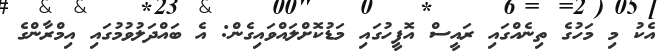
އެކު މި މަހުގެ ތިނެއްގައި ރައީސް އޮފީހުގައި މަޑުކޮށްލައްވައިގެން: އެ ބައްދަލުވުމުގައި އިމްރާންގެ